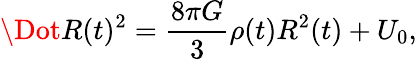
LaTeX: \Dot{R}(t)^{2}=\frac{8\pi G}{3}\rho(t)R^{2}(t)+U_{0},